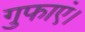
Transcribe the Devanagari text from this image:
गुफाएं।